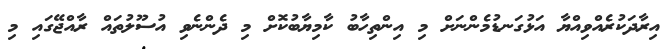
އިރާދަކުރެއްވިއްޔާ އަޅުގަނޑުމެންނަށް މި އިންތިހާބު ކާމިޔާބުކޮށް މި ދެންނެވި އުސޫލުތައް ރާއްޖޭގައި މި